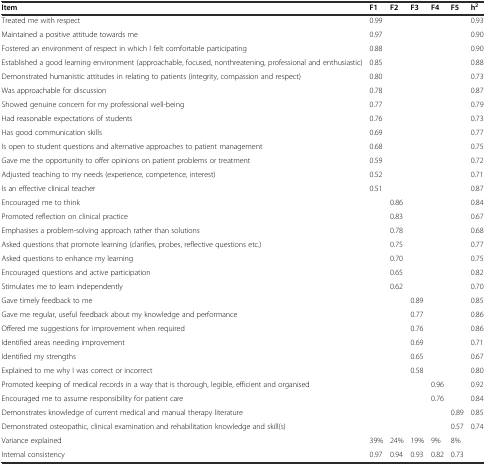
<table><thead><tr><td><b>Item</b></td><td><b>F1</b></td><td><b>F2</b></td><td><b>F3</b></td><td><b>F4</b></td><td><b>F5</b></td><td><b>h<sup>2</sup></b></td></tr></thead><tbody><tr><td>Treated me with respect</td><td>0.99</td><td></td><td></td><td></td><td></td><td>0.93</td></tr><tr><td>Maintained a positive attitude towards me</td><td>0.97</td><td></td><td></td><td></td><td></td><td>0.90</td></tr><tr><td>Fostered an environment of respect in which I felt comfortable participating</td><td>0.88</td><td></td><td></td><td></td><td></td><td>0.90</td></tr><tr><td>Established a good learning environment (approachable, focused, nonthreatening, professional and enthusiastic)</td><td>0.85</td><td></td><td></td><td></td><td></td><td>0.88</td></tr><tr><td>Demonstrated humanistic attitudes in relating to patients (integrity, compassion and respect)</td><td>0.80</td><td></td><td></td><td></td><td></td><td>0.73</td></tr><tr><td>Was approachable for discussion</td><td>0.78</td><td></td><td></td><td></td><td></td><td>0.87</td></tr><tr><td>Showed genuine concern for my professional well-being</td><td>0.77</td><td></td><td></td><td></td><td></td><td>0.79</td></tr><tr><td>Had reasonable expectations of students</td><td>0.76</td><td></td><td></td><td></td><td></td><td>0.73</td></tr><tr><td>Has good communication skills</td><td>0.69</td><td></td><td></td><td></td><td></td><td>0.77</td></tr><tr><td>Is open to student questions and alternative approaches to patient management</td><td>0.68</td><td></td><td></td><td></td><td></td><td>0.75</td></tr><tr><td>Gave me the opportunity to offer opinions on patient problems or treatment</td><td>0.59</td><td></td><td></td><td></td><td></td><td>0.72</td></tr><tr><td>Adjusted teaching to my needs (experience, competence, interest)</td><td>0.52</td><td></td><td></td><td></td><td></td><td>0.71</td></tr><tr><td>Is an effective clinical teacher</td><td>0.51</td><td></td><td></td><td></td><td></td><td>0.87</td></tr><tr><td>Encouraged me to think</td><td></td><td>0.86</td><td></td><td></td><td></td><td>0.84</td></tr><tr><td>Promoted reflection on clinical practice</td><td></td><td>0.83</td><td></td><td></td><td></td><td>0.67</td></tr><tr><td>Emphasises a problem-solving approach rather than solutions</td><td></td><td>0.78</td><td></td><td></td><td></td><td>0.68</td></tr><tr><td>Asked questions that promote learning (clarifies, probes, reflective questions etc.)</td><td></td><td>0.75</td><td></td><td></td><td></td><td>0.77</td></tr><tr><td>Asked questions to enhance my learning</td><td></td><td>0.70</td><td></td><td></td><td></td><td>0.75</td></tr><tr><td>Encouraged questions and active participation</td><td></td><td>0.65</td><td></td><td></td><td></td><td>0.82</td></tr><tr><td>Stimulates me to learn independently</td><td></td><td>0.62</td><td></td><td></td><td></td><td>0.70</td></tr><tr><td>Gave timely feedback to me</td><td></td><td></td><td>0.89</td><td></td><td></td><td>0.85</td></tr><tr><td>Gave me regular, useful feedback about my knowledge and performance</td><td></td><td></td><td>0.77</td><td></td><td></td><td>0.86</td></tr><tr><td>Offered me suggestions for improvement when required</td><td></td><td></td><td>0.76</td><td></td><td></td><td>0.86</td></tr><tr><td>Identified areas needing improvement</td><td></td><td></td><td>0.69</td><td></td><td></td><td>0.71</td></tr><tr><td>Identified my strengths</td><td></td><td></td><td>0.65</td><td></td><td></td><td>0.67</td></tr><tr><td>Explained to me why I was correct or incorrect</td><td></td><td></td><td>0.58</td><td></td><td></td><td>0.80</td></tr><tr><td>Promoted keeping of medical records in a way that is thorough, legible, efficient and organised</td><td></td><td></td><td></td><td>0.96</td><td></td><td>0.92</td></tr><tr><td>Encouraged me to assume responsibility for patient care</td><td></td><td></td><td></td><td>0.76</td><td></td><td>0.84</td></tr><tr><td>Demonstrates knowledge of current medical and manual therapy literature</td><td></td><td></td><td></td><td></td><td>0.89</td><td>0.85</td></tr><tr><td>Demonstrated osteopathic, clinical examination and rehabilitation knowledge and skill(s)</td><td></td><td></td><td></td><td></td><td>0.57</td><td>0.74</td></tr><tr><td>Variance explained</td><td>39%</td><td>24%</td><td>19%</td><td>9%</td><td>8%</td><td></td></tr><tr><td>Internal consistency</td><td>0.97</td><td>0.94</td><td>0.93</td><td>0.82</td><td>0.73</td><td></td></tr></tbody></table>